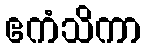
ဧကံသိကာ